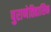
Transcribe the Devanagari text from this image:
पुराणेतिहासिक